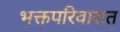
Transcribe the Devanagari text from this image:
भक्तपरिवारात